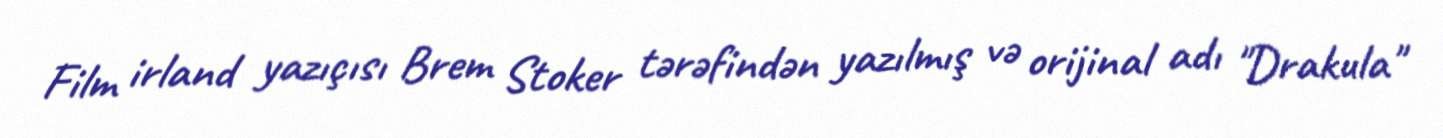
Film irland yazıçısı Brem Stoker tərəfindən yazılmış və orijinal adı "Drakula"